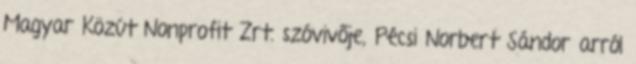
Magyar Közút Nonprofit Zrt. szóvivője, Pécsi Norbert Sándor arról